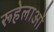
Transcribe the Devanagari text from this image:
रूहेलाओं